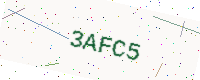
Text: 3AFC5